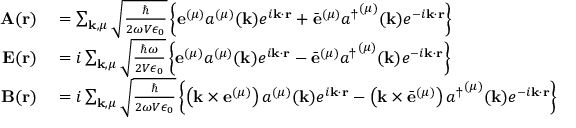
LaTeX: \begin{array} { r l } { \mathbf { A } ( \mathbf { r } ) } & { { } = \sum _ { \mathbf { k } , \mu } { \sqrt { \frac { \hbar } { 2 \omega V \epsilon _ { 0 } } } } \left\{ \mathbf { e } ^ { ( \mu ) } a ^ { ( \mu ) } ( \mathbf { k } ) e ^ { i \mathbf { k } \cdot \mathbf { r } } + { \bar { \mathbf { e } } } ^ { ( \mu ) } { a ^ { \dagger } } ^ { ( \mu ) } ( \mathbf { k } ) e ^ { - i \mathbf { k } \cdot \mathbf { r } } \right\} } \\ { \mathbf { E } ( \mathbf { r } ) } & { { } = i \sum _ { \mathbf { k } , \mu } { \sqrt { \frac { \hbar \omega } { 2 V \epsilon _ { 0 } } } } \left\{ \mathbf { e } ^ { ( \mu ) } a ^ { ( \mu ) } ( \mathbf { k } ) e ^ { i \mathbf { k } \cdot \mathbf { r } } - { \bar { \mathbf { e } } } ^ { ( \mu ) } { a ^ { \dagger } } ^ { ( \mu ) } ( \mathbf { k } ) e ^ { - i \mathbf { k } \cdot \mathbf { r } } \right\} } \\ { \mathbf { B } ( \mathbf { r } ) } & { { } = i \sum _ { \mathbf { k } , \mu } { \sqrt { \frac { \hbar } { 2 \omega V \epsilon _ { 0 } } } } \left\{ \left( \mathbf { k } \times \mathbf { e } ^ { ( \mu ) } \right) a ^ { ( \mu ) } ( \mathbf { k } ) e ^ { i \mathbf { k } \cdot \mathbf { r } } - \left( \mathbf { k } \times { \bar { \mathbf { e } } } ^ { ( \mu ) } \right) { a ^ { \dagger } } ^ { ( \mu ) } ( \mathbf { k } ) e ^ { - i \mathbf { k } \cdot \mathbf { r } } \right\} } \end{array}